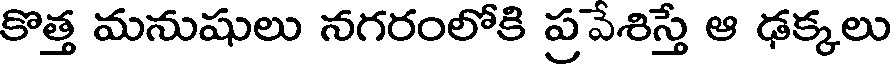
కొత్త మనుషులు నగరంలోకి ప్రవేశిస్తే ఆ ఢక్కలు